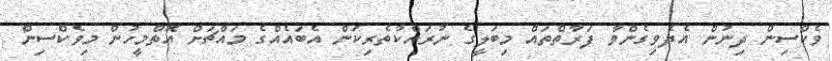
ވެކްސިން ދިނުން އެދެވިގެންވާ ފަރާތްތައް މިބަލީގެ ނުރައްކާތެރިކަން އެބައެއްގެ މައްޗަށް އޮތްމީހުން މިވެކްސިން